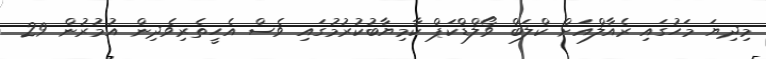
މިދިޔަ މަހުގައި ރެއާލްއަށް ކްލަބް ވޯލްޑްކަޕް ކާމިޔާބުކުރުމުގައި ވެސް އެހީތެރިވެދިން އުމުރުން 29